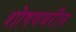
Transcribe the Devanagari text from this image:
शोषणवरील